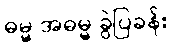
ဓမ္မ အဓမ္မ ခွဲပြခန်း